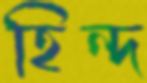
হিন্দ